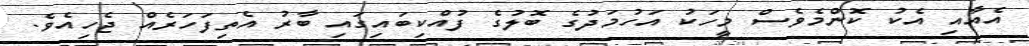
އެއާއި އެކު ކޮންމެވެސް މީހަކު އަހުމަދުގެ ބޮލުގެ ފުއްކިބައިގައި ބާރު އެތިފަހަރެއް ޖެހިއެވެ.